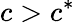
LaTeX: c>c^{*}